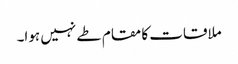
ملاقات کا مقام طے نہیں ہوا۔